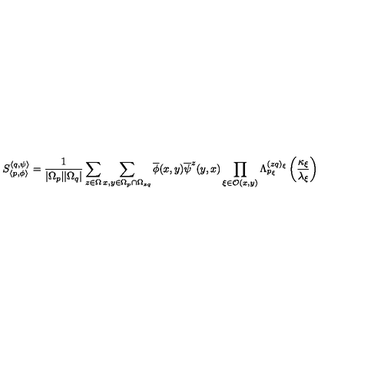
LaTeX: S _ { \left\langle p , \phi \right\rangle } ^ { \left\langle q , \psi \right\rangle } = \frac { 1 } { | \Omega _ { p } | | \Omega _ { q } | } \sum _ { z \in \Omega } \sum _ { x , y \in \Omega _ { p } \cap \Omega _ { z q } } \overline { { \phi } } ( x , y ) \overline { { \psi } } ^ { z } ( y , x ) \prod _ { \xi \in \mathcal { O } ( x , y ) } \Lambda _ { p _ { \xi } } ^ { ( z q ) _ { \xi } } \left( \frac { \kappa _ { \xi } } { \lambda _ { \xi } } \right)